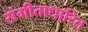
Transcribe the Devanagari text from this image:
संगीताधारित